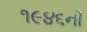
૧૯૪૬ની